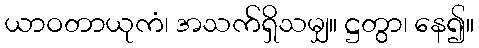
ယာဝတာယုကံ၊ အသက်ရှိသမျှ။ ဋ္ဌတွာ၊ နေ၍။